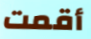
أقمت